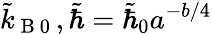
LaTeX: \tilde{k}_{\mathrm{~B~}0}\, ,\tilde{\hbar}=\tilde{\hbar}_{0}a^{-b/4}